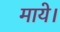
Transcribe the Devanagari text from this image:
माये।